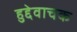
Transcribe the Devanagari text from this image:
हुद्देवाचक